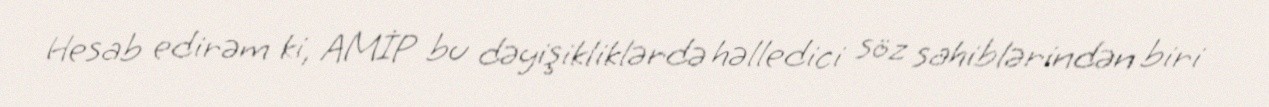
Hesab edirəm ki, AMİP bu dəyişikliklərdə həlledici söz sahiblərindən biri